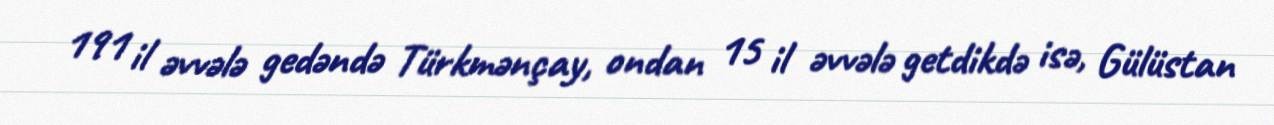
191 il əvvələ gedəndə Türkmənçay, ondan 15 il əvvələ getdikdə isə, Gülüstan